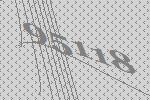
95118